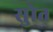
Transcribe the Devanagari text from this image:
सुोत